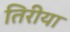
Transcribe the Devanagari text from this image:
तिरीया